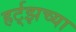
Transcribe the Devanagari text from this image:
हर्ट्‌झच्या